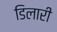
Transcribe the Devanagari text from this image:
डिलारी